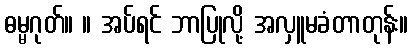
ဓမ္မဂုတ်။ ။ အပ်ရင် ဘာပြုလို့ အလှူမခံတာတုန်း။